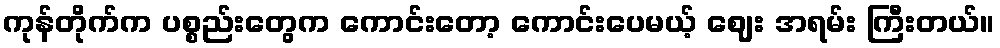
ကုန်တိုက်က ပစ္စည်းတွေက ကောင်းတော့ ကောင်းပေမယ့် ဈေး အရမ်း ကြီးတယ်။